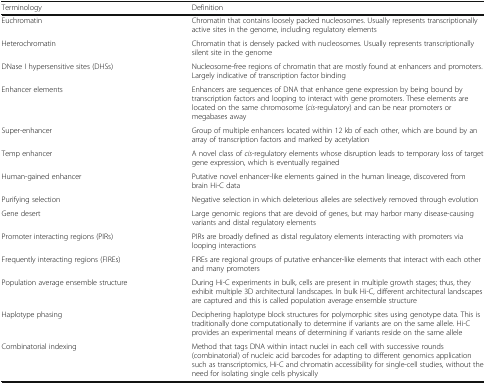
<table><thead><tr><td><b>Terminology</b></td><td><b>Definition</b></td></tr></thead><tbody><tr><td>Euchromatin</td><td>Chromatin that contains loosely packed nucleosomes. Usually represents transcriptionally active sites in the genome, including regulatory elements</td></tr><tr><td>Heterochromatin</td><td>Chromatin that is densely packed with nucleosomes. Usually represents transcriptionally silent site in the genome</td></tr><tr><td>DNase I hypersensitive sites (DHSs)</td><td>Nucleosome-free regions of chromatin that are mostly found at enhancers and promoters. Largely indicative of transcription factor binding</td></tr><tr><td>Enhancer elements</td><td>Enhancers are sequences of DNA that enhance gene expression by being bound by transcription factors and looping to interact with gene promoters. These elements are located on the same chromosome (<i>cis</i>-regulatory) and can be near promoters or megabases away</td></tr><tr><td>Super-enhancer</td><td>Group of multiple enhancers located within 12 kb of each other, which are bound by an array of transcription factors and marked by acetylation</td></tr><tr><td>Temp enhancer</td><td>A novel class of <i>cis</i>-regulatory elements whose disruption leads to temporary loss of target gene expression, which is eventually regained</td></tr><tr><td>Human-gained enhancer</td><td>Putative novel enhancer-like elements gained in the human lineage, discovered from brain Hi-C data</td></tr><tr><td>Purifying selection</td><td>Negative selection in which deleterious alleles are selectively removed through evolution</td></tr><tr><td>Gene desert</td><td>Large genomic regions that are devoid of genes, but may harbor many disease-causing variants and distal regulatory elements</td></tr><tr><td>Promoter interacting regions (PIRs)</td><td>PIRs are broadly defined as distal regulatory elements interacting with promoters via looping interactions</td></tr><tr><td>Frequently interacting regions (FIREs)</td><td>FIREs are regional groups of putative enhancer-like elements that interact with each other and many promoters</td></tr><tr><td>Population average ensemble structure</td><td>During Hi-C experiments in bulk, cells are present in multiple growth stages; thus, they exhibit multiple 3D architectural landscapes. In bulk Hi-C, different architectural landscapes are captured and this is called population average ensemble structure</td></tr><tr><td>Haplotype phasing</td><td>Deciphering haplotype block structures for polymorphic sites using genotype data. This is traditionally done computationally to determine if variants are on the same allele. Hi-C provides an experimental means of determining if variants reside on the same allele</td></tr><tr><td>Combinatorial indexing</td><td>Method that tags DNA within intact nuclei in each cell with successive rounds (combinatorial) of nucleic acid barcodes for adapting to different genomics application such as transcriptomics, Hi-C and chromatin accessibility for single-cell studies, without the need for isolating single cells physically</td></tr></tbody></table>